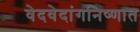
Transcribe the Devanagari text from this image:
वेदवेदांगनिष्णात